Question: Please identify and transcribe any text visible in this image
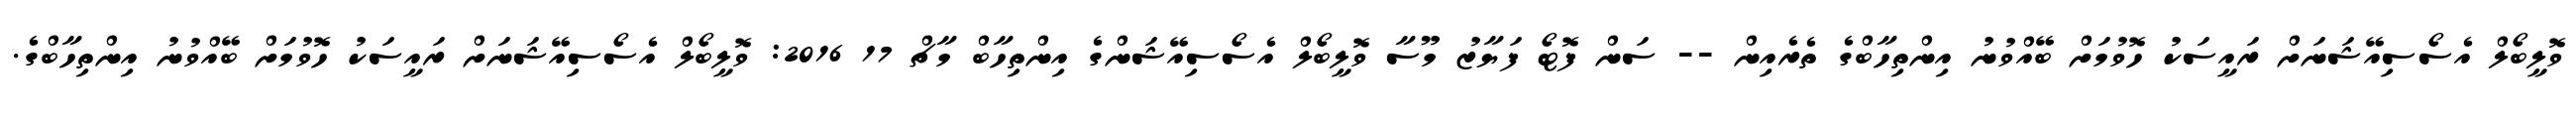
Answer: ވޮލީބޯލް އެސޯސިއޭޝަނަށް ރައީސަކު ހޮވުމަށް ބޭއްވުނު އިންތިހާބްގެ ތެރެއިން -- ސަން ފޮޓޯ ފަޔާޒު މޫސާ ވޮލީބޯލް އެސޯސިއޭޝަންގެ އިންތިހާބް މާޗް 17 2016: ވޮލީބޯލް އެސޯސިއޭޝަނަށް ރައީސަކު ހޮވުމަށް ބޭއްވުނު އިންތިހާބްގެ.